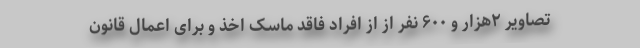
تصاویر ۲هزار و ۶۰۰ نفر از از افراد فاقد ماسک اخذ و برای اعمال قانون